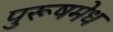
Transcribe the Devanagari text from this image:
पुरूषमेध